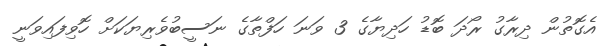
އެގޮތުން ދިރާގު ރޯދަ ބޮޑު ހަދިޔާގެ 3 ވަނަ ހަފްތާގެ ނަސީބުވެރިޔަކަށް ހޮވިފައިވަނީ